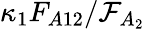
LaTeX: \kappa_{1}F_{A12}/\mathcal{F}_{A_{2}}